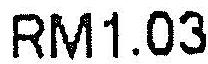
RM1.03